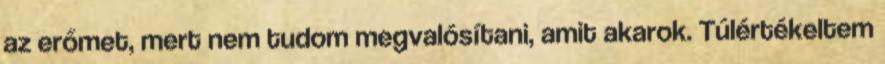
az erőmet, mert nem tudom megvalósítani, amit akarok. Túlértékeltem